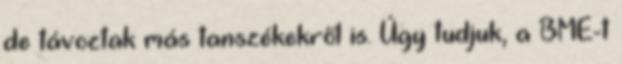
de távoztak más tanszékekről is. Úgy tudjuk, a BME-t